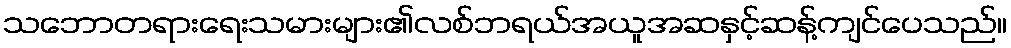
သဘောတရားရေးသမားများ၏လစ်ဘရယ်အယူအဆနှင့်ဆန့်ကျင်ပေသည်။